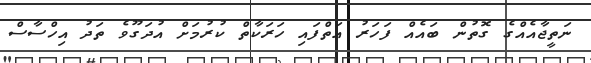
ނަތީޖާއެއްގެ ގޮތުން ބައެއް ފަހަރު އަތްފައި ހަރަކާތް ކުރުމަށް އުދަގޫވެ ތަދު އިހްސާސް